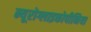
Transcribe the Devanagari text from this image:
न्यूरोग्लाइकोपीनिया